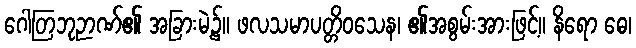
ဂေါတြဘုဉာဏ်၏ အခြားမဲ့၌။ ဖလသမာပတ္တိဝသေန၊ ၏အစွမ်းအားဖြင့်။ နိရော ဓေ၊